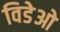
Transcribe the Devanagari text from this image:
विडेओ